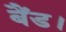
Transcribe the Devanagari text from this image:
बैंड।